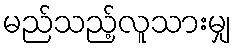
မည်သည့်လူသားမျှ